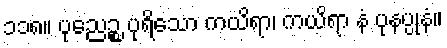
၁၁၈။ ပုညေဉ္စ ပုရိသော ကယိရာ၊ ကယိရာ နံ ပုနပ္ပုနံ။